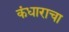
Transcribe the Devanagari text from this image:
कंधाराचा